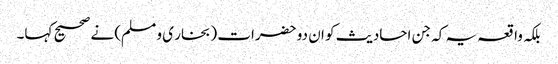
بلکہ واقعہ یہ کہ جن احادیث کو ان دو حضرات (بخار ی و مسلم) نے صحیح کہا۔